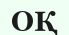
ОҚ